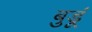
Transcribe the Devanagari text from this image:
बुडूं